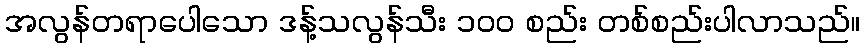
အလွန်တရာပေါသော ဒန့်သလွန်သီး ၁၀၀ စည်း တစ်စည်းပါလာသည်။